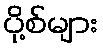
ပို့စ်များ